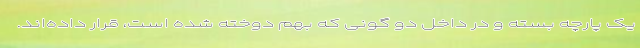
یک پارچه بسته و در داخل دو گونی که بهم دوخته شده است، قرار داده‌اند.